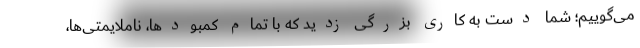
می‌گوییم؛ شما دست به کاری بزرگی زدید که با تمام کمبودها، ناملایمتی‌ها،